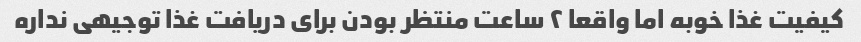
کیفیت غذا خوبه اما واقعا ۲ ساعت منتظر بودن برای دریافت غذا توجیهی نداره